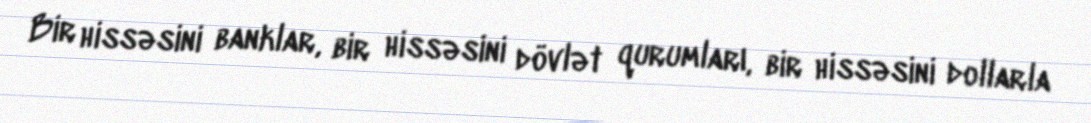
Bir hissəsini banklar, bir hissəsini dövlət qurumları, bir hissəsini dollarla